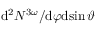
\mathrm { d } ^ { 2 } N ^ { 3 \omega } / \mathrm { d } \varphi \mathrm { d } \! \sin { \vartheta }